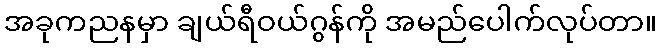
အခုကညနမှာ ချယ်ရီဝယ်ဂွန်ကို အမည်ပေါက်လုပ်တာ။